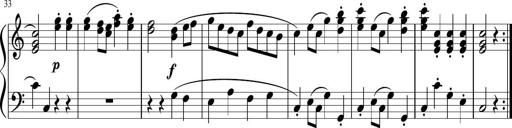
Title: 12 Keyboard Sonatinas
Composer: James Hook